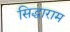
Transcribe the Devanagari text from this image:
सिद्धाराम